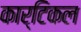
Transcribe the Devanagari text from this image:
कार्टिकल